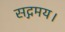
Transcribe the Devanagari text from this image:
सद्गमय।